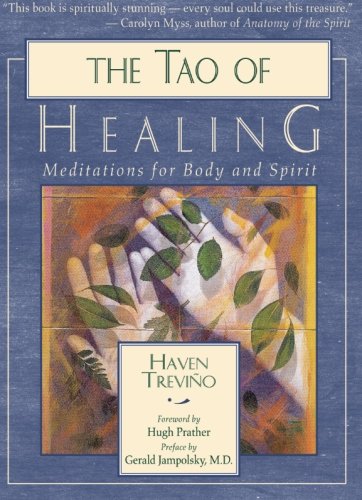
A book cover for The Tao of Healing: Meditations for Body and Spirit; Haven Trevino; Religion & Spirituality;